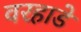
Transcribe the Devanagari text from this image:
वरहाडे